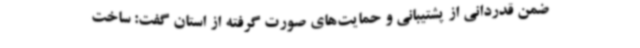
ضمن قدردانی از پشتیبانی و حمایت‌های صورت گرفته از استان گفت: ساخت